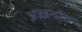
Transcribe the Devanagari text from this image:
अज़्ज़न्दारा